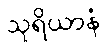
သုရိယာနံ